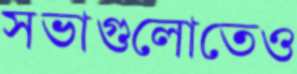
সভাগুলোতেও